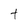
Character: t